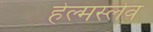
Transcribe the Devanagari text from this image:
हेल्मस्लेव